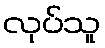
လုပ်သူ